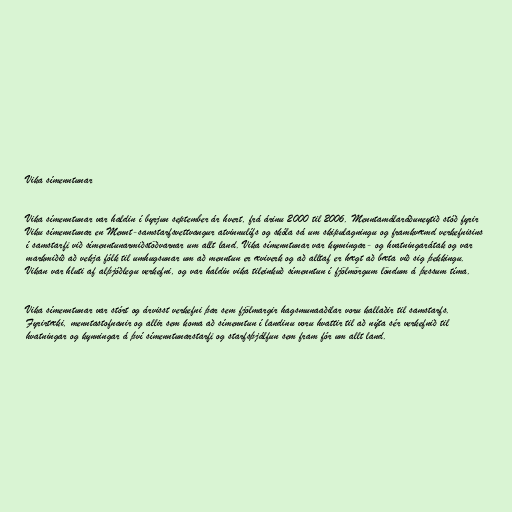
Vika símenntunar

Vika símenntunar var haldin í byrjun september ár hvert, frá árinu 2000 til 2006. Menntamálaráðuneytið stóð fyrir
Viku símenntunar en Mennt-samstarfsvettvangur atvinnulífs og skóla sá um skipulagningu og framkvæmd verkefnisins
í samstarfi við símenntunarmiðstöðvarnar um allt land. Vika símenntunar var kynningar- og hvatningarátak og var
markmiðið að vekja fólk til umhugsunar um að menntun er æviverk og að alltaf er hægt að bæta við sig þekkingu.
Vikan var hluti af alþjóðlegu verkefni, og var haldin vika tileinkuð símenntun í fjölmörgum löndum á þessum tíma.

Vika símenntunar var stórt og árvisst verkefni þar sem fjölmargir hagsmunaaðilar voru kallaðir til samstarfs.
Fyrirtæki, menntastofnanir og allir sem koma að símenntun í landinu voru hvattir til að nýta sér verkefnið til
hvatningar og kynningar á því símenntunarstarfi og starfsþjálfun sem fram fór um allt land.